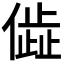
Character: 𬿨